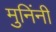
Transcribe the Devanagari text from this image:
मुनिंनी